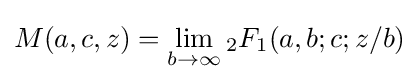
M(a,c,z)=\lim _{b\to \infty }{}_{2}F_{1}(a,b;c;z/b)